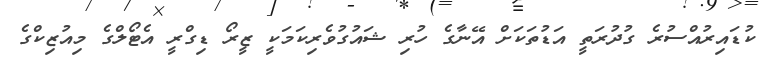
ކުޑައިރުއްސުރެ ގުދުރަތީ އަޑުތަކަށް އޭނާގެ ހުރި ޝައުގުވެރިކަމަކީ ޒީރޯ ޑިގްރީ އެޓޯލްގެ މިއުޒިކްގެ